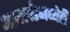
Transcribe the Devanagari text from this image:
आयर्लंडमध्येही